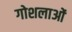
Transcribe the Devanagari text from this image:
गोशलाओं